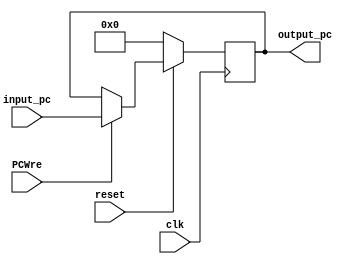
`timescale 1ns / 1ps
//////////////////////////////////////////////////////////////////////////////////
// Company: 
// Engineer: 
// 
// Design Name: 
// Module Name: PC
// Project Name: 
// Target Devices: 
// Tool Versions: 
// Description: 
// 
// Dependencies: 
// 
// Revision:
// Revision 0.01 - File Created
// Additional Comments:
// 
//////////////////////////////////////////////////////////////////////////////////

// PC
module PC(
	 clk,    //
	 reset,  //
	 input_pc,  //
	 output_pc, //
	 PCWre   //
);
	 input wire[31:0] input_pc;
	 output reg[31:0] output_pc;
	 input clk, reset, PCWre;

    //
	always@(posedge clk)begin
		if(reset == 0)begin  //
			output_pc = 0;
		end
		else if(!PCWre)begin  //
			output_pc = output_pc;
		end
		else if(PCWre)begin   //
			output_pc = input_pc;
		end
	end

endmodule